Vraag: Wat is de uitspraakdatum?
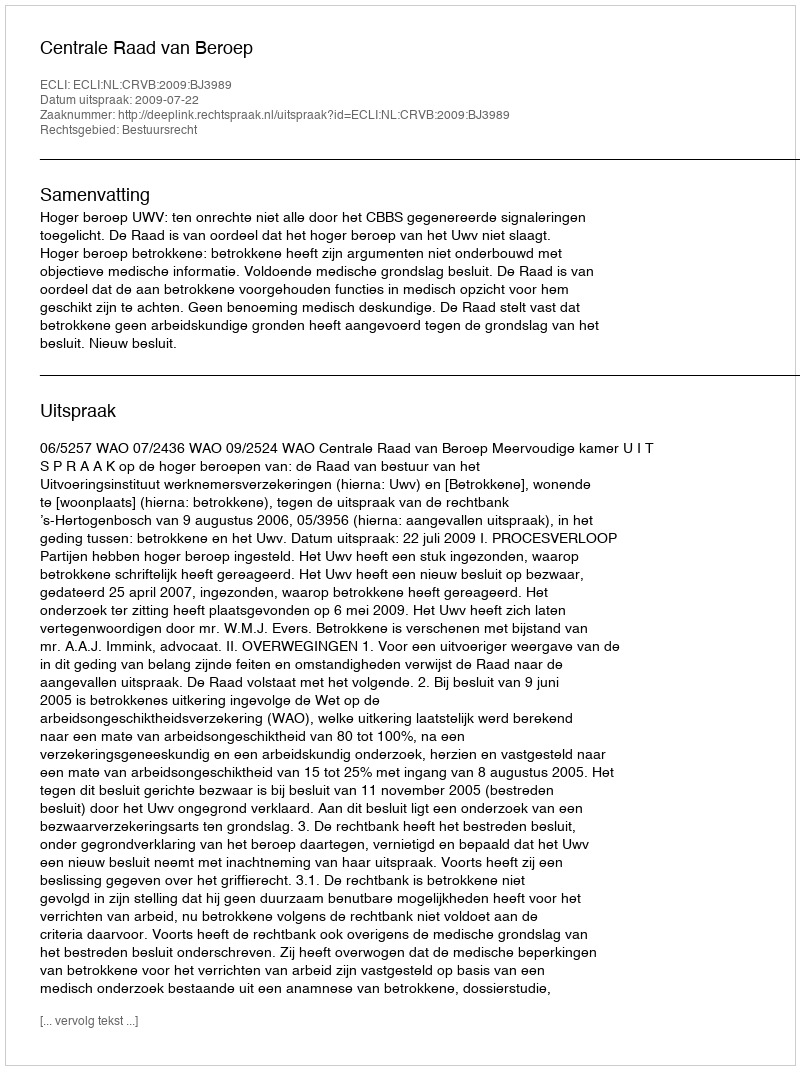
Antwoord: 2009-07-22